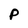
Character: p